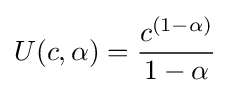
U(c,\alpha )={\frac {c^{(1-\alpha )}}{1-\alpha }}